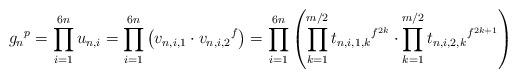
LaTeX: \begin{align*}{g_n}^p=\prod_{i=1}^{6n} u_{n,i}=\prod_{i=1}^{6n}\left( v_{n, i,1} \cdot {v_{n,i,2}}^{f}\right)=\prod_{i=1}^{6n}\left( \prod_{k=1}^{m/2} {t_{n,i,1,k}}^{f^{2k}}\cdot \prod_{k=1}^{m/2}{t_{n,i,2,k}}^{f^{2k+1}}\right)\end{align*}